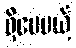
ရှိပေမယ့်